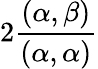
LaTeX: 2\frac{(\alpha,\beta)}{(\alpha,\alpha)}